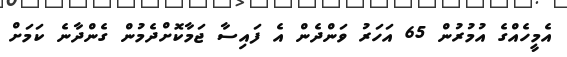
އެމީހެއްގެ އުމުރުން 65 އަހަރު ވަންދެން އެ ފައިސާ ޖަމާކޮށްދެމުން ގެންދާނެ ކަމަށް